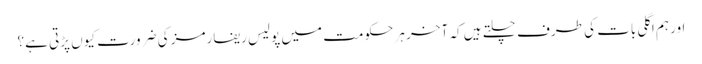
اور ہم اگلی بات کی طرف چلتے ہیں کہ آخر ہر حکومت میں پولیس ریفارمز کی ضرورت کیوں پڑتی ہے؟